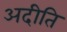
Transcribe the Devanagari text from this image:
अदीति